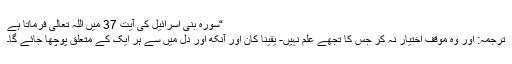
“سورہ بنی اسرائیل کی آیت 37 میں اللہ تعالیٰ فرماتا ہے
ترجمہ: اور وہ موقف اختیار نہ کر جس کا تجھے علم نہیں- یقینا ًکان اور آنکھ اور دل میں سے ہر ایک کے متعلق پوچھا جائے گا۔